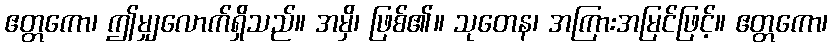
ဧတ္တကော၊ ဤမျှလောက်ရှိသည်။ အမှိ၊ ဖြစ်၏။ သုတေန၊ အကြားအမြင်ဖြင့်။ ဧတ္တကော၊